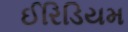
ઈરિડિયમ